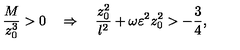
{ \frac { M } { z _ { 0 } ^ { 3 } } } > 0 \quad \Rightarrow \quad { \frac { z _ { 0 } ^ { 2 } } { l ^ { 2 } } } + \omega \varepsilon ^ { 2 } z _ { 0 } ^ { 2 } > - { \frac { 3 } { 4 } } ,